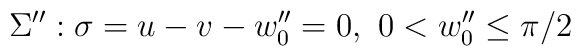
\Sigma '': \sigma = u-v-w''_{0}=0, ~0<w''_{0}\leq \pi /2